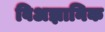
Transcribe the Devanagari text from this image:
विअज्ञानिक